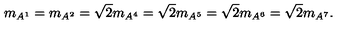
m _ { A ^ { 1 } } = m _ { A ^ { 2 } } = \sqrt { 2 } m _ { A ^ { 4 } } = \sqrt { 2 } m _ { A ^ { 5 } } = \sqrt { 2 } m _ { A ^ { 6 } } = \sqrt { 2 } m _ { A ^ { 7 } } .